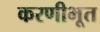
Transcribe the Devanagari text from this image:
करणीभूत